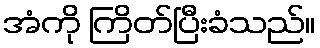
အံကို ကြိတ်ပြီးခံသည်။